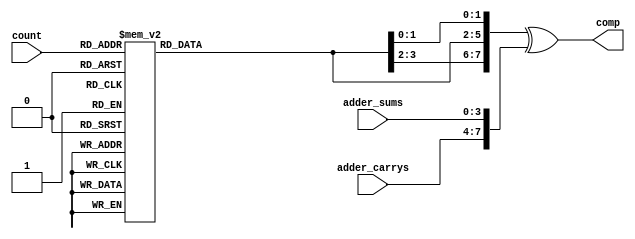
`timescale 1ns / 1ps

module rca2_lut( count, adder_sums, adder_carrys, comp);
input [3:0]adder_sums;
input [3:0]adder_carrys;
input[2:0]count;
output wire [7:0]comp;
reg[3:0]org_values;
wire [7:0]org_output;
wire [0:7]s0 = 8'b11100001;
wire [0:7]s1 = 8'b01110001;
wire [0:7]c0 = 8'b00010111;
wire [0:7]c1 = 8'b10000111;
assign org_output = {org_values[3], org_values[2], org_values[3], org_values[2], org_values[1], org_values[0], org_values[1], org_values[0]};
assign comp = org_output ^ {adder_carrys, adder_sums};
always @(count)
    begin
    case(count)
        3'd0 : org_values = {c1[0], c0[0], s1[0], s0[0]};
        3'd1 : org_values = {c1[1], c0[1], s1[1], s0[1]};
        3'd2 : org_values = {c1[2], c0[2], s1[2], s0[2]};
        3'd3 : org_values = {c1[3], c0[3], s1[3], s0[3]};
        3'd4 : org_values = {c1[4], c0[4], s1[4], s0[4]};
        3'd5 : org_values = {c1[5], c0[5], s1[5], s0[5]};
        3'd6 : org_values = {c1[6], c0[6], s1[6], s0[6]};
        3'd7 : org_values = {c1[7], c0[7], s1[7], s0[7]};
        default: org_values = 0;
    endcase
    end
    
endmodule